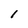
Character: 1